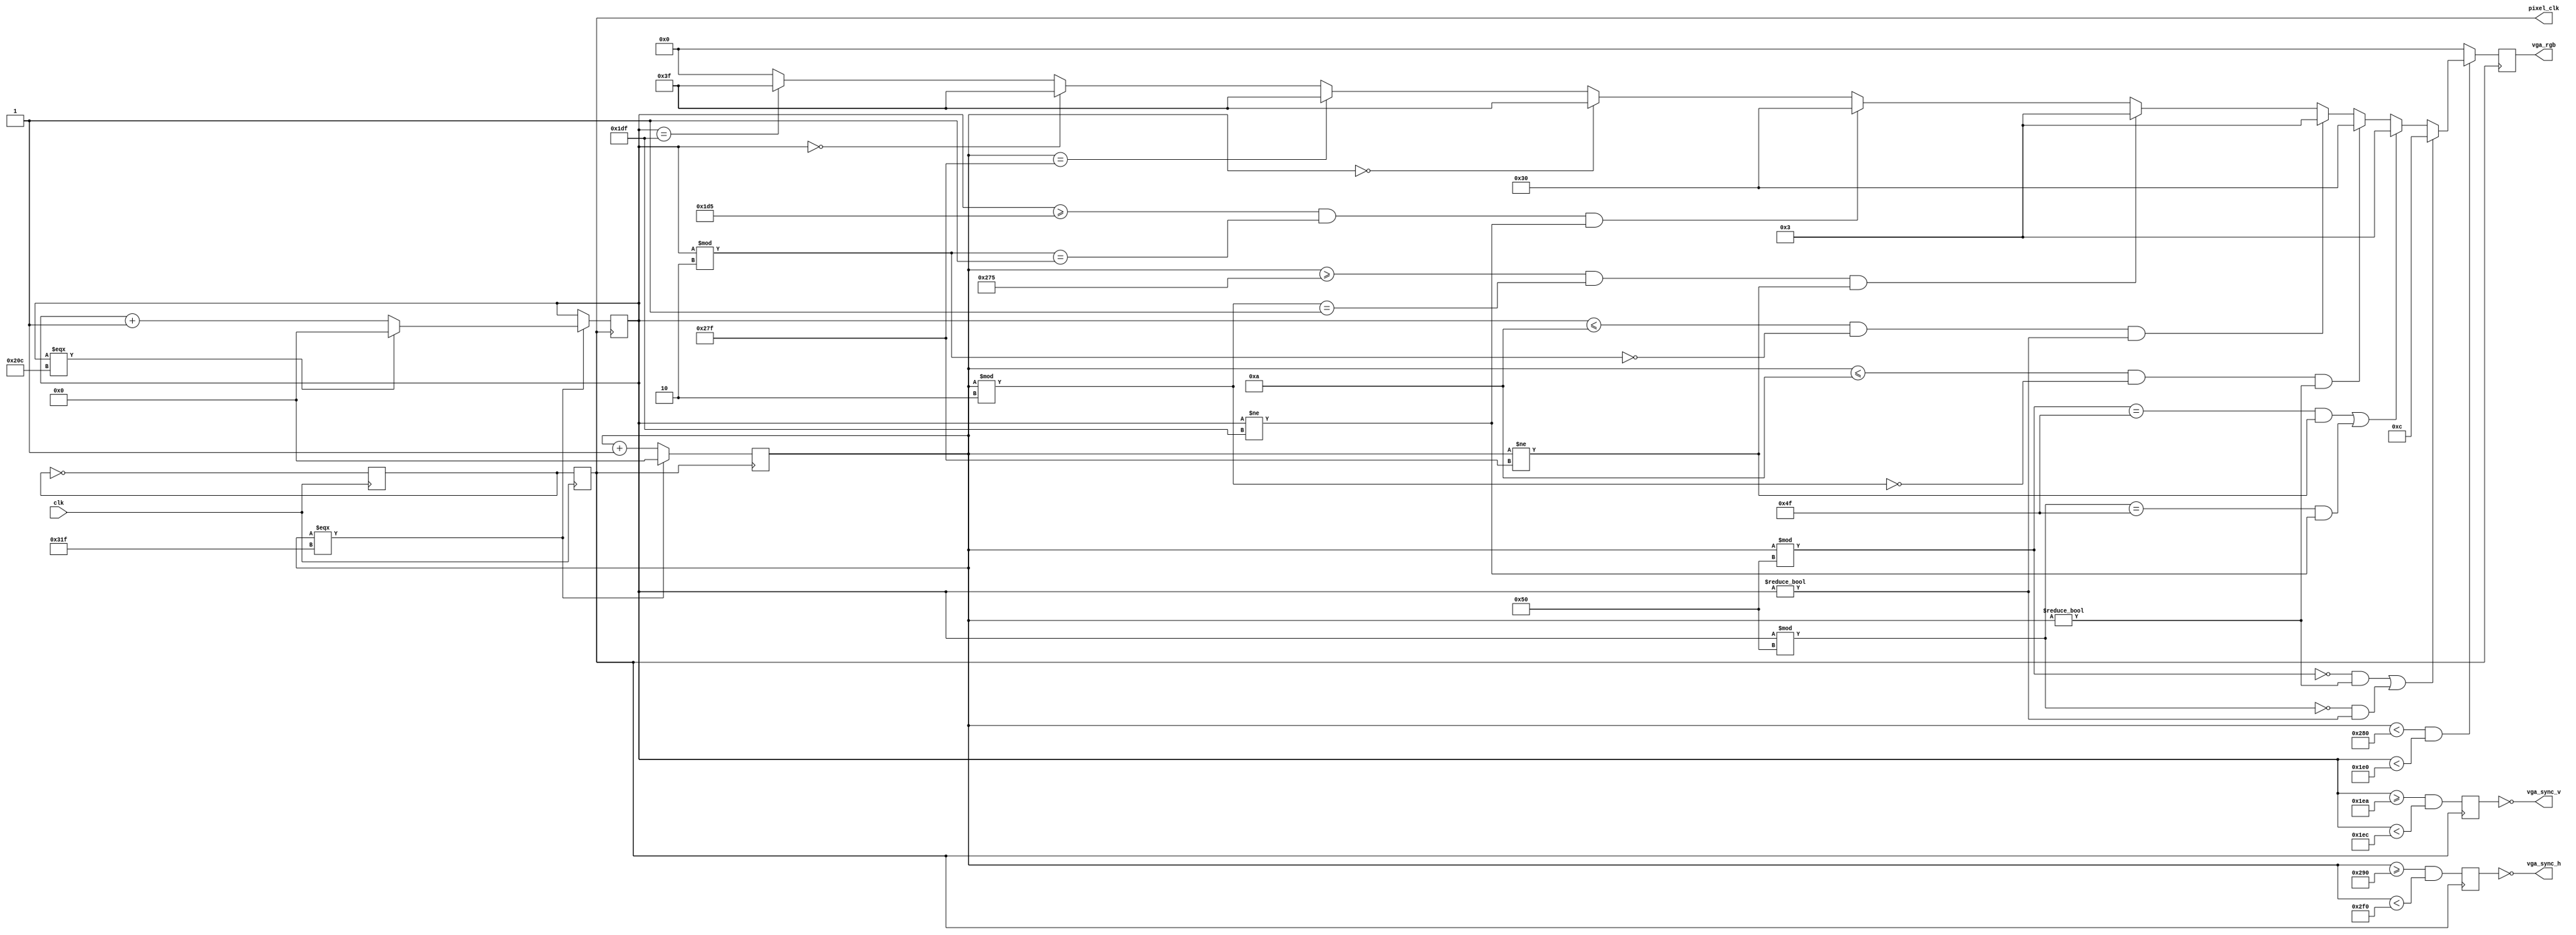
module vga_driver(
    input   wire        clk,        // system clock 50MHz
    output  reg         pixel_clk,  // pixel clock 25MHz
    
    output  wire        vga_sync_h, // vga horizontal sync signal        
    output  wire        vga_sync_v, // vga vertical sync signal

    output  reg [5:0]   vga_rgb     // vga color data {2'd{red}, 2'd{green}, 2'd{blue}}
);
	
    // TIMING DEFINE
    // 96 sync, 48 bp, 640 display, 16 fp
    integer HORIZONTAL_VISIBLE_AREA = 10'd640;
    integer HORIZONTAL_FRONT_PORCH  = 10'd16;
    integer HORIZONTAL_SYNC_PULSE   = 10'd96;
    integer HORIZONTAL_BACK_PORCH   = 10'd48;
    integer HORIZONTAL_WHOLE_LINE   = 10'd800;
    // 2  sync, 33 bp, 480 display, 10 fp
    integer VERTICAL_VISIBLE_AREA = 10'd480;
    integer VERTICAL_FRONT_PORCH  = 10'd10;
    integer VERTICAL_SYNC_PULSE   = 10'd2;
    integer VERTICAL_BACK_PORCH   = 10'd33;
    integer VERTICAL_WHOLE_LINE   = 10'd525;

    // COLOR DEFINE
    localparam WHITE = 6'b11_11_11;
    localparam BLACK = 6'b00_00_00;
    localparam RED   = 6'b11_00_00;
    localparam GREEN = 6'b00_11_00;
    localparam BLUE  = 6'b00_00_11;

    // vga's visible region
	wire dispaly_region; // display region flag

    assign dispaly_region = (
        (cnt_h < HORIZONTAL_VISIBLE_AREA) 
    &&  (cnt_v < VERTICAL_VISIBLE_AREA)
    );

    // clk (50MHz) to pixel_clk(25MHz of 640 * 480 @ 60Hz)
    reg p_clk;  // frequency division signal(temp)

	always@(posedge clk) begin
		p_clk <= ~p_clk; 
		pixel_clk <= p_clk;
	end
    
    // screen horizontal sweep
    reg [9:0]   cnt_h;      // horizontal counter

    always@(posedge pixel_clk) begin
		if(cnt_h === HORIZONTAL_WHOLE_LINE - 1'b1) begin
            cnt_h <= 1'b0;
        end else begin
            cnt_h <= cnt_h + 1'b1;
        end
	end

	// screen vertical sweep
    reg [9:0]   cnt_v;      // vertical counnter

	always@(posedge pixel_clk) begin
		if(cnt_h === HORIZONTAL_WHOLE_LINE - 1'b1) begin
			if(cnt_v === VERTICAL_WHOLE_LINE - 1'b1) begin
                cnt_v <= 1'b0;
            end else begin
                cnt_v <= cnt_v + 1'b1;    
            end
		end else begin
            cnt_v <= cnt_v;
        end
	end

    // generate screen sync signal
    reg p_hSync;    // horizontal sync define
    reg p_vSync;    // vertical sync define

	always@(posedge pixel_clk)
	begin
		p_hSync <= (
            (cnt_h >= HORIZONTAL_VISIBLE_AREA + HORIZONTAL_FRONT_PORCH)
        &&  (cnt_h < HORIZONTAL_VISIBLE_AREA + HORIZONTAL_FRONT_PORCH + HORIZONTAL_SYNC_PULSE)
        ); 
		p_vSync <= (
            (cnt_v >= VERTICAL_VISIBLE_AREA + VERTICAL_FRONT_PORCH) 
        &&  (cnt_v < VERTICAL_VISIBLE_AREA + VERTICAL_FRONT_PORCH + VERTICAL_SYNC_PULSE)
        ); 
	end
    // polarity of horizontal/vertical sync pulse is negative
	assign vga_sync_v = !p_vSync;
	assign vga_sync_h = !p_hSync;
	
    // display settings
	always @(posedge pixel_clk) begin
        if (dispaly_region)begin
            if (((cnt_h % 80 == 0&&(cnt_h != 0)))||((cnt_v % 80 == 0)&&(cnt_v != 0))) begin
                vga_rgb <= GREEN;
            end else if (((cnt_h % 80 == 79&&(cnt_h != 639)))||((cnt_v % 80 == 79)&&(cnt_v != 479))) begin
                vga_rgb <= BLUE;
            end
            else if ((cnt_h <= 10)&&(cnt_h % 2 == 0)&&(cnt_h != 0)) begin
                vga_rgb <= RED;
            end else if ((cnt_v <= 10)&&(cnt_v % 2 == 0)&&(cnt_v != 0)) begin
                vga_rgb <= BLUE;
            end else if ((cnt_h >= 629)&&(cnt_h % 2 == 1)&&(cnt_h != 639)) begin
                vga_rgb <= BLUE;
            end else if ((cnt_v >= 469)&&(cnt_v % 2 == 1)&&(cnt_v != 479)) begin
                vga_rgb <= RED;
            end
            else if (cnt_h == 0) begin          // left edge
                vga_rgb <= WHITE;
            end else if (cnt_h == 639) begin    // right edge
                vga_rgb <= WHITE;
            end else if (cnt_v == 0) begin      // top edge
                vga_rgb <= WHITE;
            end else if (cnt_v == 479) begin    // bottom edge
                vga_rgb <= WHITE;
            end
            else begin
                vga_rgb <= BLACK;   
            end
            // if ((cnt_h >= 128 * 0) && (cnt_h < 128 * 1)) begin
            //     vga_rgb <= BLACK;
            // end else if ((cnt_h >= 128 * 1) && (cnt_h < 128 * 2)) begin
            //     vga_rgb <= WHITE;
            // end else if ((cnt_h >= 128 * 2) && (cnt_h < 128 * 3)) begin
            //     vga_rgb <= RED;
            // end else if ((cnt_h >= 128 * 3) && (cnt_h < 128 * 4)) begin
            //     vga_rgb <= GREEN;
            // end else if ((cnt_h >= 128 * 4) && (cnt_h < 128 * 5)) begin
            //     vga_rgb <= BLUE;
            // end
        end else begin
            vga_rgb <= BLACK;
        end
	end

endmodule